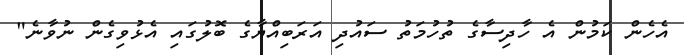
އެހެން ކަމުން އެ ހާދިސާގެ ތުހުމަތު ސައުދި އަރަބިއްޔާގެ ބޮލުގައި އެޅުވިގެން ނުވާނެ"